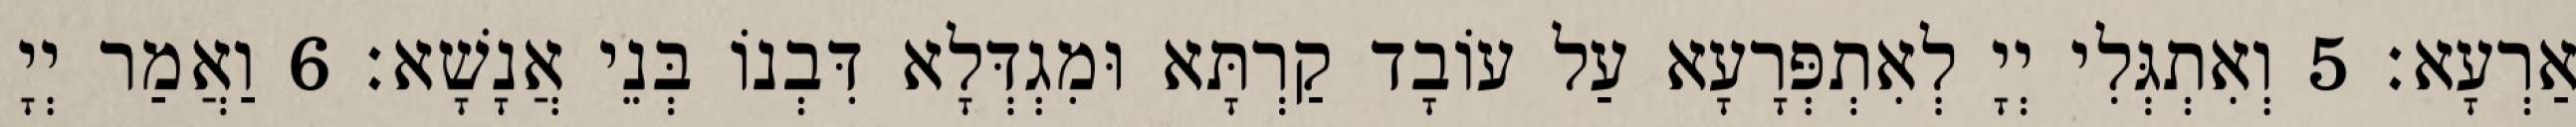
אַרְעָא׃ 5 וְאִתְגְּלִי יְיָ לְאִתְפְּרָעָא עַל עוֹבָד קַרְתָּא וּמִגְדְּלָא דִּבְנוֹ בְּנֵי אֲנָשָׁא׃ 6 וַאֲמַר יְיָ